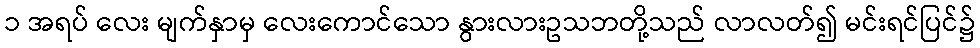
၁ အရပ် လေး မျက်နှာမှ လေးကောင်သော နွားလားဥသဘတို့သည် လာလတ်၍ မင်းရင်ပြင်၌